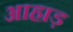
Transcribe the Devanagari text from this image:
आहाड़